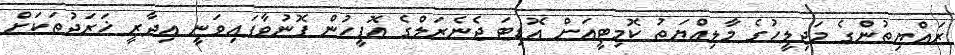
ރައްޔިތުންގެ މަޖިލީހުގެ މާލިއްޔަތު ކޮމިޓީއަށް އޮޑިޓަ ޖެނެރަލްގެ އޮފީހުން ފޮނުވާފައިވަނީ އިދާރީ ޚަރަދުތަކަށް